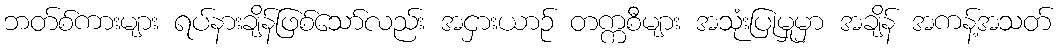
ဘတ်စ်ကားများ ရပ်နားချိန်ဖြစ်သော်လည်း အငှားယာဉ် တက္ကစီများ အသုံးပြုမှုမှာ အချိန် အကန့်အသတ်